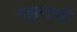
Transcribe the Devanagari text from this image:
गझलाही